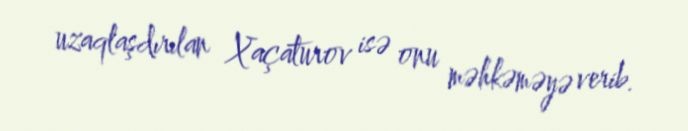
uzaqlaşdırılan Xaçaturov isə onu məhkəməyə verib.